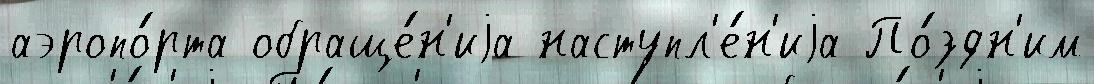
аэропо́рта обраще́н'иjа наступл'е́н'иjа По́здн'им